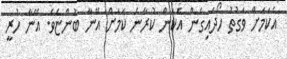
އެކަމަށް ވަގުތު ހޯދައިގެން އެކަން ކުރާނެ ކަމަށް އޭނާ ބުންޏެވެ. އޭނާ ހުރީ